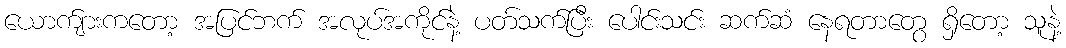
ယောက်ျားကတော့ အပြင်ဘက် အလုပ်အကိုင်နဲ့ ပတ်သက်ပြီး ပေါင်းသင်း ဆက်ဆံ နေရတာတွေ ရှိတော့ သူနဲ့